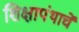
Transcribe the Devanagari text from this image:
शिक्षापंथाचें